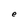
Character: e